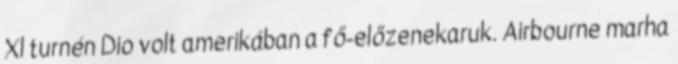
Xl turnén Dio volt amerikában a fő-előzenekaruk. Airbourne marha